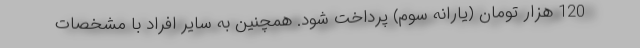
120 هزار تومان (یارانه سوم) پرداخت شود. همچنین به سایر افراد با مشخصات